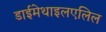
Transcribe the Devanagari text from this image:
डाईमेथाइलएलिल